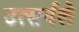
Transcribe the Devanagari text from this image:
उत्सर्गले